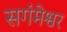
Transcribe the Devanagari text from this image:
सगंमेश्वर